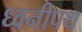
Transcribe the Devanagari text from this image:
ध्वनीपथ